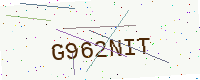
Text: G962NIT